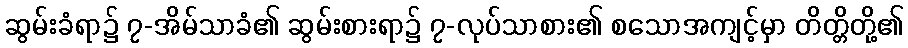
ဆွမ်းခံရာ၌ ၇-အိမ်သာခံ၏ ဆွမ်းစားရာ၌ ၇-လုပ်သာစား၏ စသောအကျင့်မှာ တိတ္တိတို့၏